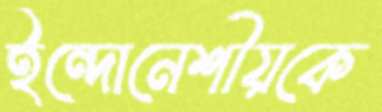
ইন্দোনেশীয়কে